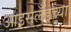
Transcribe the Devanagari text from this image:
आइसलँडच्या